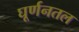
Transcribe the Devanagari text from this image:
घूर्णनतल